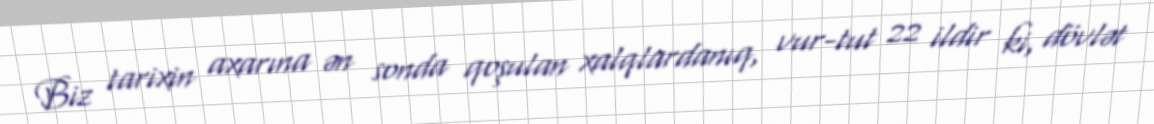
Biz tarixin axarına ən sonda qoşulan xalqlardanıq, vur-tut 22 ildir ki, dövlət